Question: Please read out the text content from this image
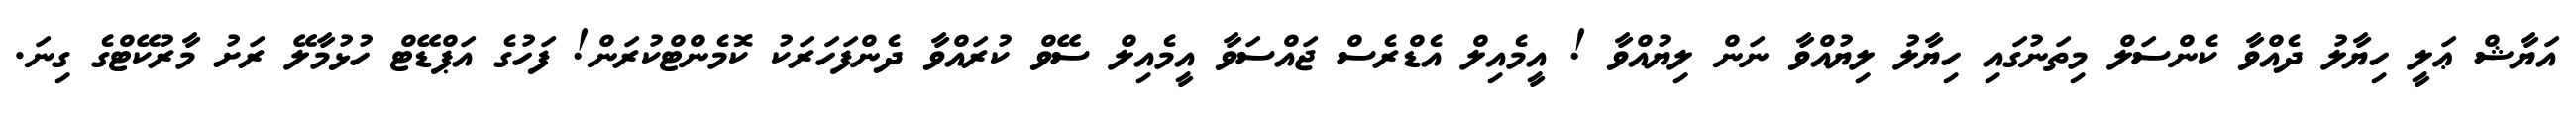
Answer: އަޔާޝް ޢަލީ ހިޔާލު ދެއްވާ ކެންސަލް މިތަނުގައި ހިޔާލު ލިޔުއްވާ ނަން ލިޔުއްވާ ! އީމެއިލް އެޑްރެސް ޖައްސަވާ އީމެއިލް ސޭވް ކުރައްވާ ދެންފަހަރަކު ކޮމެންޓްކުރަން! ފަހުގެ އަޕްޑޭޓް ހުޅުމާލޭ ރަށު މާރުކޭޓްގެ ގިނަ.